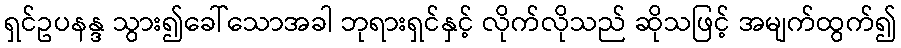
ရှင်ဥပနန္ဒ သွား၍ခေါ်သောအခါ ဘုရားရှင်နှင့် လိုက်လိုသည် ဆိုသဖြင့် အမျက်ထွက်၍